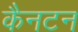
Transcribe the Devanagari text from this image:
कैनटन